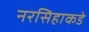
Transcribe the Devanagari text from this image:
नरसिहाकडे